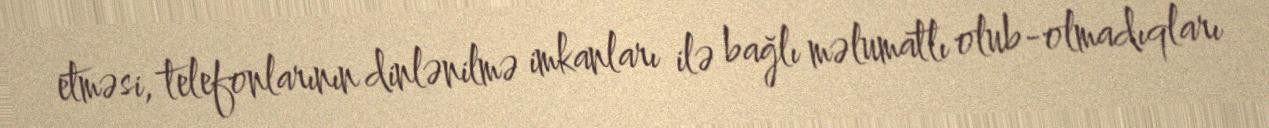
etməsi, telefonlarının dinlənilmə imkanları ilə bağlı məlumatlı olub-olmadıqları